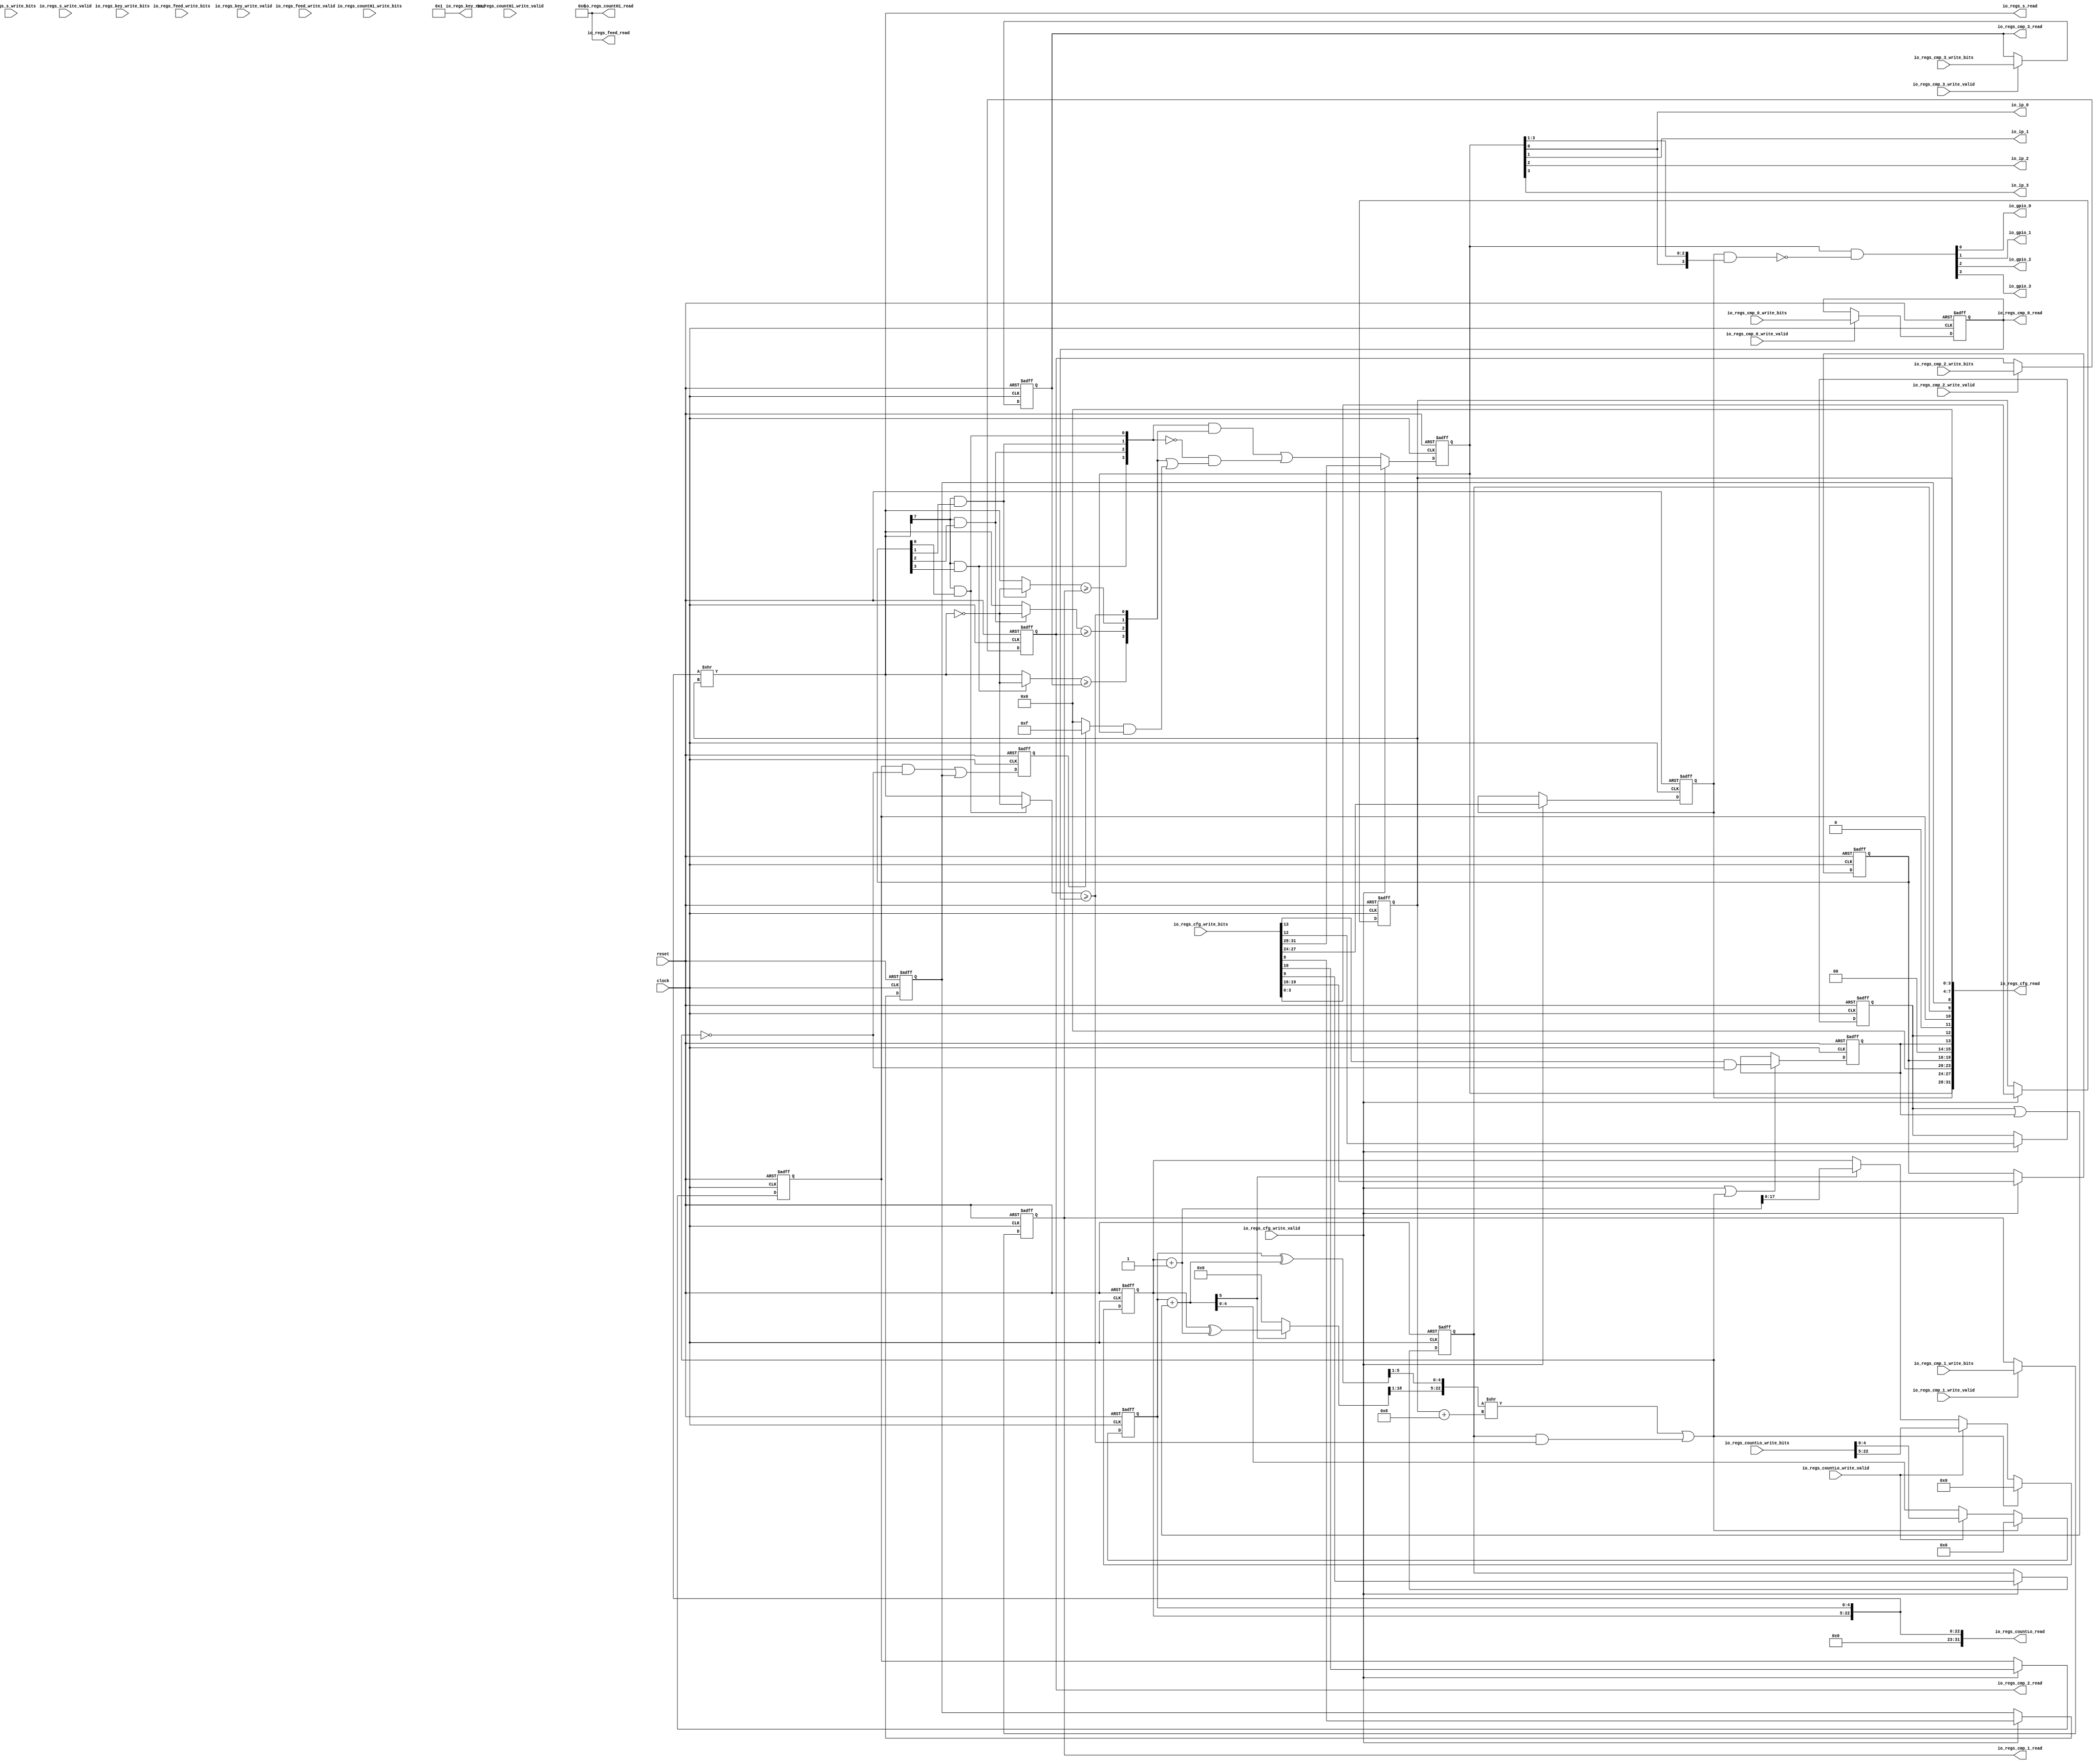

module n101_pwm8_core(
  input   clock,
  input   reset,
  input   io_regs_cfg_write_valid,
  input  [31:0] io_regs_cfg_write_bits,
  output [31:0] io_regs_cfg_read,
  input   io_regs_countLo_write_valid,
  input  [31:0] io_regs_countLo_write_bits,
  output [31:0] io_regs_countLo_read,
  input   io_regs_countHi_write_valid,
  input  [31:0] io_regs_countHi_write_bits,
  output [31:0] io_regs_countHi_read,
  input   io_regs_s_write_valid,
  input  [7:0] io_regs_s_write_bits,
  output [7:0] io_regs_s_read,
  input   io_regs_cmp_0_write_valid,
  input  [7:0] io_regs_cmp_0_write_bits,
  output [7:0] io_regs_cmp_0_read,
  input   io_regs_cmp_1_write_valid,
  input  [7:0] io_regs_cmp_1_write_bits,
  output [7:0] io_regs_cmp_1_read,
  input   io_regs_cmp_2_write_valid,
  input  [7:0] io_regs_cmp_2_write_bits,
  output [7:0] io_regs_cmp_2_read,
  input   io_regs_cmp_3_write_valid,
  input  [7:0] io_regs_cmp_3_write_bits,
  output [7:0] io_regs_cmp_3_read,
  input   io_regs_feed_write_valid,
  input  [31:0] io_regs_feed_write_bits,
  output [31:0] io_regs_feed_read,
  input   io_regs_key_write_valid,
  input  [31:0] io_regs_key_write_bits,
  output [31:0] io_regs_key_read,
  output  io_ip_0,
  output  io_ip_1,
  output  io_ip_2,
  output  io_ip_3,
  output  io_gpio_0,
  output  io_gpio_1,
  output  io_gpio_2,
  output  io_gpio_3
);
  wire [3:0] T_178;
  reg [3:0] scale;
  reg [31:0] GEN_21;
  wire [3:0] GEN_0;
  reg [7:0] cmp_0;
  reg [31:0] GEN_22;
  wire [7:0] GEN_1;
  reg [7:0] cmp_1;
  reg [31:0] GEN_23;
  wire [7:0] GEN_2;
  reg [7:0] cmp_2;
  reg [31:0] GEN_24;
  wire [7:0] GEN_3;
  reg [7:0] cmp_3;
  reg [31:0] GEN_25;
  wire [7:0] GEN_4;
  wire  countEn;
  reg [4:0] T_196;
  reg [31:0] GEN_26;
  wire [4:0] GEN_18;
  wire [5:0] T_197;
  reg [17:0] T_199;
  reg [31:0] GEN_27;
  wire  T_200;
  wire [18:0] T_202;
  wire [18:0] GEN_5;
  wire [22:0] T_203;
  wire [32:0] T_207;
  wire [27:0] T_208;
  wire [32:0] GEN_6;
  wire [27:0] GEN_7;
  wire [22:0] T_209;
  wire [7:0] s;
  wire  T_210;
  wire [3:0] T_211;
  reg [3:0] center;
  reg [31:0] GEN_28;
  wire [3:0] GEN_8;
  wire  T_215;
  wire  T_216;
  wire [7:0] T_217;
  wire [7:0] T_218;
  wire  elapsed_0;
  wire  T_220;
  wire  T_221;
  wire [7:0] T_223;
  wire  elapsed_1;
  wire  T_225;
  wire  T_226;
  wire [7:0] T_228;
  wire  elapsed_2;
  wire  T_230;
  wire  T_231;
  wire [7:0] T_233;
  wire  elapsed_3;
  wire [5:0] GEN_19;
  wire [5:0] T_234;
  wire [4:0] T_235;
  wire [18:0] GEN_20;
  wire [18:0] T_239;
  wire [18:0] T_241;
  wire [17:0] T_242;
  wire [22:0] T_243;
  wire [4:0] T_245;
  wire [3:0] T_246;
  wire [22:0] T_247;
  wire  feed;
  wire  T_248;
  reg  zerocmp;
  reg [31:0] GEN_29;
  wire  GEN_9;
  wire  T_252;
  wire  countReset;
  wire [32:0] GEN_10;
  wire [27:0] GEN_11;
  wire  T_255;
  reg  T_259;
  reg [31:0] GEN_30;
  wire  GEN_12;
  wire  T_261;
  wire  T_262;
  wire  T_263;
  reg  T_267;
  reg [31:0] GEN_31;
  wire  GEN_13;
  wire  T_268;
  reg  T_269;
  reg [31:0] GEN_32;
  wire [1:0] T_282;
  wire [1:0] T_283;
  wire [3:0] T_284;
  reg [3:0] ip;
  reg [31:0] GEN_33;
  wire [1:0] T_286;
  wire [1:0] T_287;
  wire [3:0] T_288;
  wire [3:0] T_289;
  wire [3:0] T_290;
  wire [3:0] T_297;
  wire [3:0] T_298;
  wire [3:0] T_299;
  wire [3:0] T_300;
  wire [3:0] T_301;
  wire [3:0] T_304;
  wire [3:0] GEN_14;
  wire [3:0] T_305;
  reg [3:0] gang;
  reg [31:0] GEN_34;
  wire [3:0] GEN_15;
  wire  T_316;
  wire  T_319;
  wire  T_323;
  reg  oneShot;
  reg [31:0] GEN_35;
  wire  GEN_16;
  wire  T_325;
  reg  countAlways;
  reg [31:0] GEN_36;
  wire  GEN_17;
  wire [4:0] T_333;
  wire [8:0] T_334;
  wire [1:0] T_335;
  wire [2:0] T_336;
  wire [11:0] T_337;
  wire [2:0] T_338;
  wire [3:0] T_339;
  wire [7:0] T_340;
  wire [7:0] T_341;
  wire [15:0] T_342;
  wire [19:0] T_343;
  wire [31:0] T_344;
  wire  T_350_0;
  wire  T_350_1;
  wire  T_350_2;
  wire  T_350_3;
  wire  T_352;
  wire  T_353;
  wire  T_354;
  wire  T_355;
  wire [2:0] T_357;
  wire [3:0] T_358;
  wire [3:0] T_359;
  wire [3:0] T_360;
  wire [3:0] T_361;
  wire  T_364_0;
  wire  T_364_1;
  wire  T_364_2;
  wire  T_364_3;
  wire  T_366;
  wire  T_367;
  wire  T_368;
  wire  T_369;
  wire  T_370;
  assign io_regs_cfg_read = T_344;
  assign io_regs_countLo_read = {{9'd0}, T_203};
  assign io_regs_countHi_read = 32'h0;
  assign io_regs_s_read = s;
  assign io_regs_cmp_0_read = cmp_0;
  assign io_regs_cmp_1_read = cmp_1;
  assign io_regs_cmp_2_read = cmp_2;
  assign io_regs_cmp_3_read = cmp_3;
  assign io_regs_feed_read = 32'h0;
  assign io_regs_key_read = 32'h1;
  assign io_ip_0 = T_350_0;
  assign io_ip_1 = T_350_1;
  assign io_ip_2 = T_350_2;
  assign io_ip_3 = T_350_3;
  assign io_gpio_0 = T_364_0;
  assign io_gpio_1 = T_364_1;
  assign io_gpio_2 = T_364_2;
  assign io_gpio_3 = T_364_3;
  assign T_178 = io_regs_cfg_write_bits[3:0];
  assign GEN_0 = io_regs_cfg_write_valid ? T_178 : scale;
  assign GEN_1 = io_regs_cmp_0_write_valid ? io_regs_cmp_0_write_bits : cmp_0;
  assign GEN_2 = io_regs_cmp_1_write_valid ? io_regs_cmp_1_write_bits : cmp_1;
  assign GEN_3 = io_regs_cmp_2_write_valid ? io_regs_cmp_2_write_bits : cmp_2;
  assign GEN_4 = io_regs_cmp_3_write_valid ? io_regs_cmp_3_write_bits : cmp_3;
  assign countEn = T_370;
  assign GEN_18 = {{4'd0}, countEn};
  assign T_197 = T_196 + GEN_18;
  assign T_200 = T_197[5];
  assign T_202 = T_199 + 18'h1;
  assign GEN_5 = T_200 ? T_202 : {{1'd0}, T_199};
  assign T_203 = {T_199,T_196};
  assign T_207 = {1'h0,io_regs_countLo_write_bits};
  assign T_208 = T_207[32:5];
  assign GEN_6 = io_regs_countLo_write_valid ? T_207 : {{27'd0}, T_197};
  assign GEN_7 = io_regs_countLo_write_valid ? T_208 : {{9'd0}, GEN_5};
  assign T_209 = T_203 >> scale;
  assign s = T_209[7:0];
  assign T_210 = s[7];
  assign T_211 = io_regs_cfg_write_bits[19:16];
  assign GEN_8 = io_regs_cfg_write_valid ? T_211 : center;
  assign T_215 = center[0];
  assign T_216 = T_210 & T_215;
  assign T_217 = ~ s;
  assign T_218 = T_216 ? T_217 : s;
  assign elapsed_0 = T_218 >= cmp_0;
  assign T_220 = center[1];
  assign T_221 = T_210 & T_220;
  assign T_223 = T_221 ? T_217 : s;
  assign elapsed_1 = T_223 >= cmp_1;
  assign T_225 = center[2];
  assign T_226 = T_210 & T_225;
  assign T_228 = T_226 ? T_217 : s;
  assign elapsed_2 = T_228 >= cmp_2;
  assign T_230 = center[3];
  assign T_231 = T_210 & T_230;
  assign T_233 = T_231 ? T_217 : s;
  assign elapsed_3 = T_233 >= cmp_3;
  assign GEN_19 = {{1'd0}, T_196};
  assign T_234 = GEN_19 ^ T_197;
  assign T_235 = T_234[5:1];
  assign GEN_20 = {{1'd0}, T_199};
  assign T_239 = GEN_20 ^ T_202;
  assign T_241 = T_200 ? T_239 : 19'h0;
  assign T_242 = T_241[18:1];
  assign T_243 = {T_242,T_235};
  assign T_245 = scale + 4'h8;
  assign T_246 = T_245[3:0];
  assign T_247 = T_243 >> T_246;
  assign feed = T_247[0];
  assign T_248 = io_regs_cfg_write_bits[9];
  assign GEN_9 = io_regs_cfg_write_valid ? T_248 : zerocmp;
  assign T_252 = zerocmp & elapsed_0;
  assign countReset = feed | T_252;
  assign GEN_10 = countReset ? 33'h0 : GEN_6;
  assign GEN_11 = countReset ? 28'h0 : GEN_7;
  assign T_255 = io_regs_cfg_write_bits[10];
  assign GEN_12 = io_regs_cfg_write_valid ? T_255 : T_259;
  assign T_261 = countReset == 1'h0;
  assign T_262 = T_259 & T_261;
  assign T_263 = io_regs_cfg_write_bits[8];
  assign GEN_13 = io_regs_cfg_write_valid ? T_263 : T_267;
  assign T_268 = T_262 | T_267;
  assign T_282 = {T_221,T_216};
  assign T_283 = {T_231,T_226};
  assign T_284 = {T_283,T_282};
  assign T_286 = {elapsed_1,elapsed_0};
  assign T_287 = {elapsed_3,elapsed_2};
  assign T_288 = {T_287,T_286};
  assign T_289 = T_284 & T_288;
  assign T_290 = ~ T_284;
  assign T_297 = T_269 ? 4'hf : 4'h0;
  assign T_298 = T_297 & ip;
  assign T_299 = T_288 | T_298;
  assign T_300 = T_290 & T_299;
  assign T_301 = T_289 | T_300;
  assign T_304 = io_regs_cfg_write_bits[31:28];
  assign GEN_14 = io_regs_cfg_write_valid ? T_304 : T_301;
  assign T_305 = io_regs_cfg_write_bits[27:24];
  assign GEN_15 = io_regs_cfg_write_valid ? T_305 : gang;
  assign T_316 = io_regs_cfg_write_bits[13];
  assign T_319 = T_316 & T_261;
  assign T_323 = io_regs_cfg_write_valid | countReset;
  assign GEN_16 = T_323 ? T_319 : oneShot;
  assign T_325 = io_regs_cfg_write_bits[12];
  assign GEN_17 = io_regs_cfg_write_valid ? T_325 : countAlways;
  assign T_333 = {T_267,4'h0};
  assign T_334 = {T_333,scale};
  assign T_335 = {1'h0,T_259};
  assign T_336 = {T_335,zerocmp};
  assign T_337 = {T_336,T_334};
  assign T_338 = {2'h0,oneShot};
  assign T_339 = {T_338,countAlways};
  assign T_340 = {4'h0,center};
  assign T_341 = {ip,gang};
  assign T_342 = {T_341,T_340};
  assign T_343 = {T_342,T_339};
  assign T_344 = {T_343,T_337};
  assign T_350_0 = T_352;
  assign T_350_1 = T_353;
  assign T_350_2 = T_354;
  assign T_350_3 = T_355;
  assign T_352 = ip[0];
  assign T_353 = ip[1];
  assign T_354 = ip[2];
  assign T_355 = ip[3];
  assign T_357 = ip[3:1];
  assign T_358 = {T_352,T_357};
  assign T_359 = gang & T_358;
  assign T_360 = ~ T_359;
  assign T_361 = ip & T_360;
  assign T_364_0 = T_366;
  assign T_364_1 = T_367;
  assign T_364_2 = T_368;
  assign T_364_3 = T_369;
  assign T_366 = T_361[0];
  assign T_367 = T_361[1];
  assign T_368 = T_361[2];
  assign T_369 = T_361[3];
  assign T_370 = countAlways | oneShot;
  
  always @(posedge clock or posedge reset)
  if(reset) begin
      scale <= 4'b0;
      cmp_0 <= 8'b0;
      cmp_1 <= 8'b0;
      cmp_2 <= 8'b0;
      cmp_3 <= 8'b0;
      T_196 <= 5'b0;
      T_199 <= 18'b0;
      center <= 4'b0;
      zerocmp <= 1'b0;
      T_259 <= 1'b0;
      T_267 <= 1'b0;
      T_269 <= 1'b0;
      ip <= 4'b0;
      gang <= 4'b0;
  end
  else begin
    if (io_regs_cfg_write_valid) begin
      scale <= T_178;
    end
    if (io_regs_cmp_0_write_valid) begin
      cmp_0 <= io_regs_cmp_0_write_bits;
    end
    if (io_regs_cmp_1_write_valid) begin
      cmp_1 <= io_regs_cmp_1_write_bits;
    end
    if (io_regs_cmp_2_write_valid) begin
      cmp_2 <= io_regs_cmp_2_write_bits;
    end
    if (io_regs_cmp_3_write_valid) begin
      cmp_3 <= io_regs_cmp_3_write_bits;
    end
    T_196 <= GEN_10[4:0];
    T_199 <= GEN_11[17:0];
    if (io_regs_cfg_write_valid) begin
      center <= T_211;
    end
    if (io_regs_cfg_write_valid) begin
      zerocmp <= T_248;
    end
    if (io_regs_cfg_write_valid) begin
      T_259 <= T_255;
    end
    if (io_regs_cfg_write_valid) begin
      T_267 <= T_263;
    end
    T_269 <= T_268;
    if (io_regs_cfg_write_valid) begin
      ip <= T_304;
    end else begin
      ip <= T_301;
    end
    if (io_regs_cfg_write_valid) begin
      gang <= T_305;
    end
  end

  always @(posedge clock or posedge reset)
    if (reset) begin
      oneShot <= 1'h0;
    end else begin
      if (T_323) begin
        oneShot <= T_319;
      end
    end

  always @(posedge clock or posedge reset)
    if (reset) begin
      countAlways <= 1'h0;
    end else begin
      if (io_regs_cfg_write_valid) begin
        countAlways <= T_325;
      end
    end

endmodule